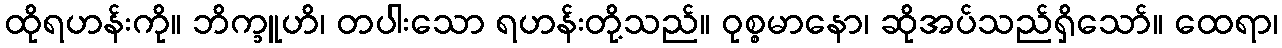
ထိုရဟန်းကို။ ဘိက္ခူဟိ၊ တပါးသော ရဟန်းတို့သည်။ ဝုစ္စမာနော၊ ဆိုအပ်သည်ရှိသော်။ ထေရာ၊